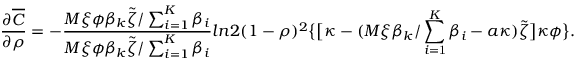
\frac { \partial \overline { { C } } } { \partial \rho } = - \frac { M \xi \phi \beta _ { k } \widetilde { \zeta } / \sum _ { i = 1 } ^ { K } \beta _ { i } } { M \xi \phi \beta _ { k } \widetilde { \zeta } / \sum _ { i = 1 } ^ { K } \beta _ { i } } { l n 2 ( 1 - \rho ) ^ { 2 } \big \{ \big [ \kappa - ( \mit M \xi \beta _ { k } / \sum _ { i \mathrm { = 1 } } \mit ^ { K } \beta _ { i } - a \kappa ) \widetilde { \zeta } \big ] \kappa \phi \big \} } .